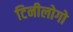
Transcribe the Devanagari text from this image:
टिनीलोगो